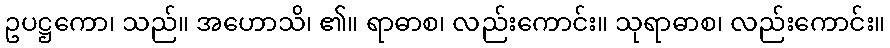
ဥပဋ္ဌကော၊ သည်။ အဟောသိ၊ ၏။ ရာဓာစ၊ လည်းကောင်း။ သုရာဓာစ၊ လည်းကောင်း။